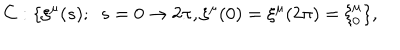
C : \{ \xi ^ { \mu } ( s ) ; \ \ s = 0 \rightarrow 2 \pi , \xi ^ { \mu } ( 0 ) = \xi ^ { \mu } ( 2 \pi ) = \xi _ { 0 } ^ { \mu } \} ,